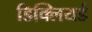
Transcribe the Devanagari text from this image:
डिक्लियर्ड